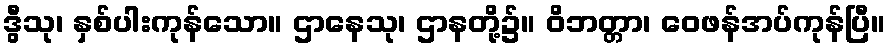
ဒွီသု၊ နှစ်ပါးကုန်သော။ ဌာနေသု၊ ဌာနတို့၌။ ဝိဘတ္တာ၊ ဝေဖန်အပ်ကုန်ပြီ။